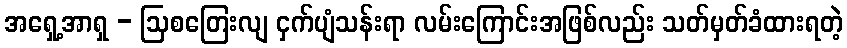
အရှေ့အာရှ - ဩစတြေးလျ ငှက်ပျံသန်းရာ လမ်းကြောင်းအဖြစ်လည်း သတ်မှတ်ခံထားရတဲ့